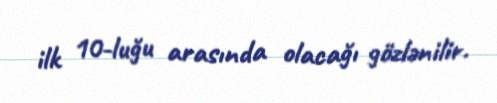
ilk 10-luğu arasında olacağı gözlənilir.